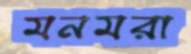
মনমরা